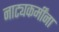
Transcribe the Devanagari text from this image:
नाट्यकर्मींना